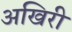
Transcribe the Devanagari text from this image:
अखिरी